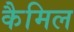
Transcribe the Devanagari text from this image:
कैमिल